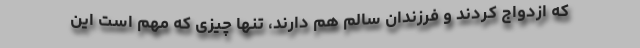
که ازدواج کردند و فرزندان سالم هم دارند، تنها چیزی که مهم است این